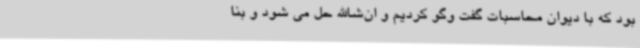
بود که با دیوان محاسبات گفت وگو کردیم و ان‌شاالله حل می شود و بنا